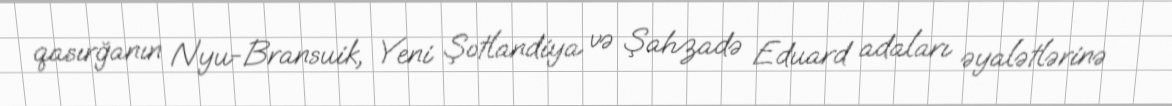
qasırğanın Nyu-Bransuik, Yeni Şotlandiya və Şahzadə Eduard adaları əyalətlərinə